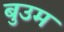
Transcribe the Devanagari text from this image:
बुउम